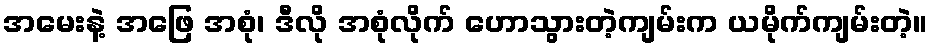
အမေးနဲ့ အဖြေ အစုံ၊ ဒီလို အစုံလိုက် ဟောသွားတဲ့ကျမ်းက ယမိုက်ကျမ်းတဲ့။